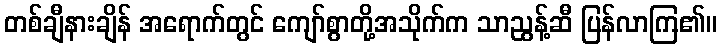
တစ်ချီနားချိန် အရောက်တွင် ကျော်စွာတို့အသိုက်က သာညွန့်ဆီ ပြန်လာကြ၏။